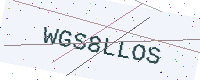
Text: WGS8LLOS